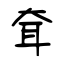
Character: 耷